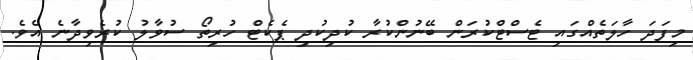
މިފަދަ ހާލަތެއްގައި ޓެސްޓްކުރަން ބޭނުންކުރާ ކުދިކުދި ޕެކެޓް ހުރިތޯ ސުވާލު ކުރެވިދާނެ އެވެ.